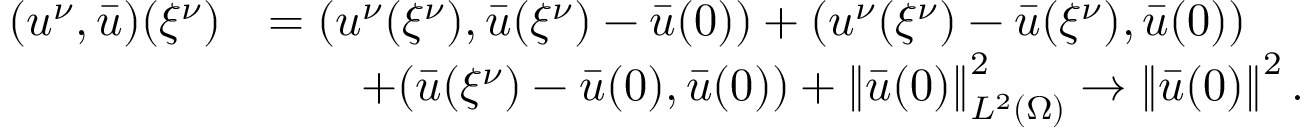
\begin{array} { r l } { ( u ^ { \nu } , \bar { u } ) ( { \xi ^ { \nu } } ) } & { = ( u ^ { \nu } ( { \xi ^ { \nu } } ) , \bar { u } ( { \xi ^ { \nu } } ) - \bar { u } ( 0 ) ) + ( u ^ { \nu } ( { \xi ^ { \nu } } ) - \bar { u } ( { \xi ^ { \nu } } ) , \bar { u } ( 0 ) ) } \\ & { \qquad + ( \bar { u } ( { \xi ^ { \nu } } ) - \bar { u } ( 0 ) , \bar { u } ( 0 ) ) + \left\lVert \bar { u } ( 0 ) \right\rVert _ { L ^ { 2 } ( \Omega ) } ^ { 2 } \to \left\lVert \bar { u } ( 0 ) \right\rVert ^ { 2 } . } \end{array}